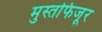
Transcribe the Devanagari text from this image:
मुस्तफिजूर